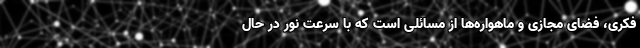
فکری، فضای مجازی و ماهواره‌ها از مسائلی است که با سرعت نور در حال